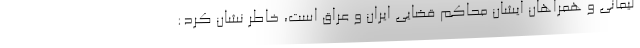
لیمانی و همراهان ایشان محاکم قضایی ایران و عراق است، خاطر نشان کرد: